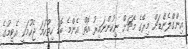
އިންގްލެންޑަށް މިރޭގެ މެޗަށް ނިކުންނައިރު އޮތް އެންމެ ބޮޑު ހިތްހަމަ ޖެހުމަކީ އެޓީމުގެ